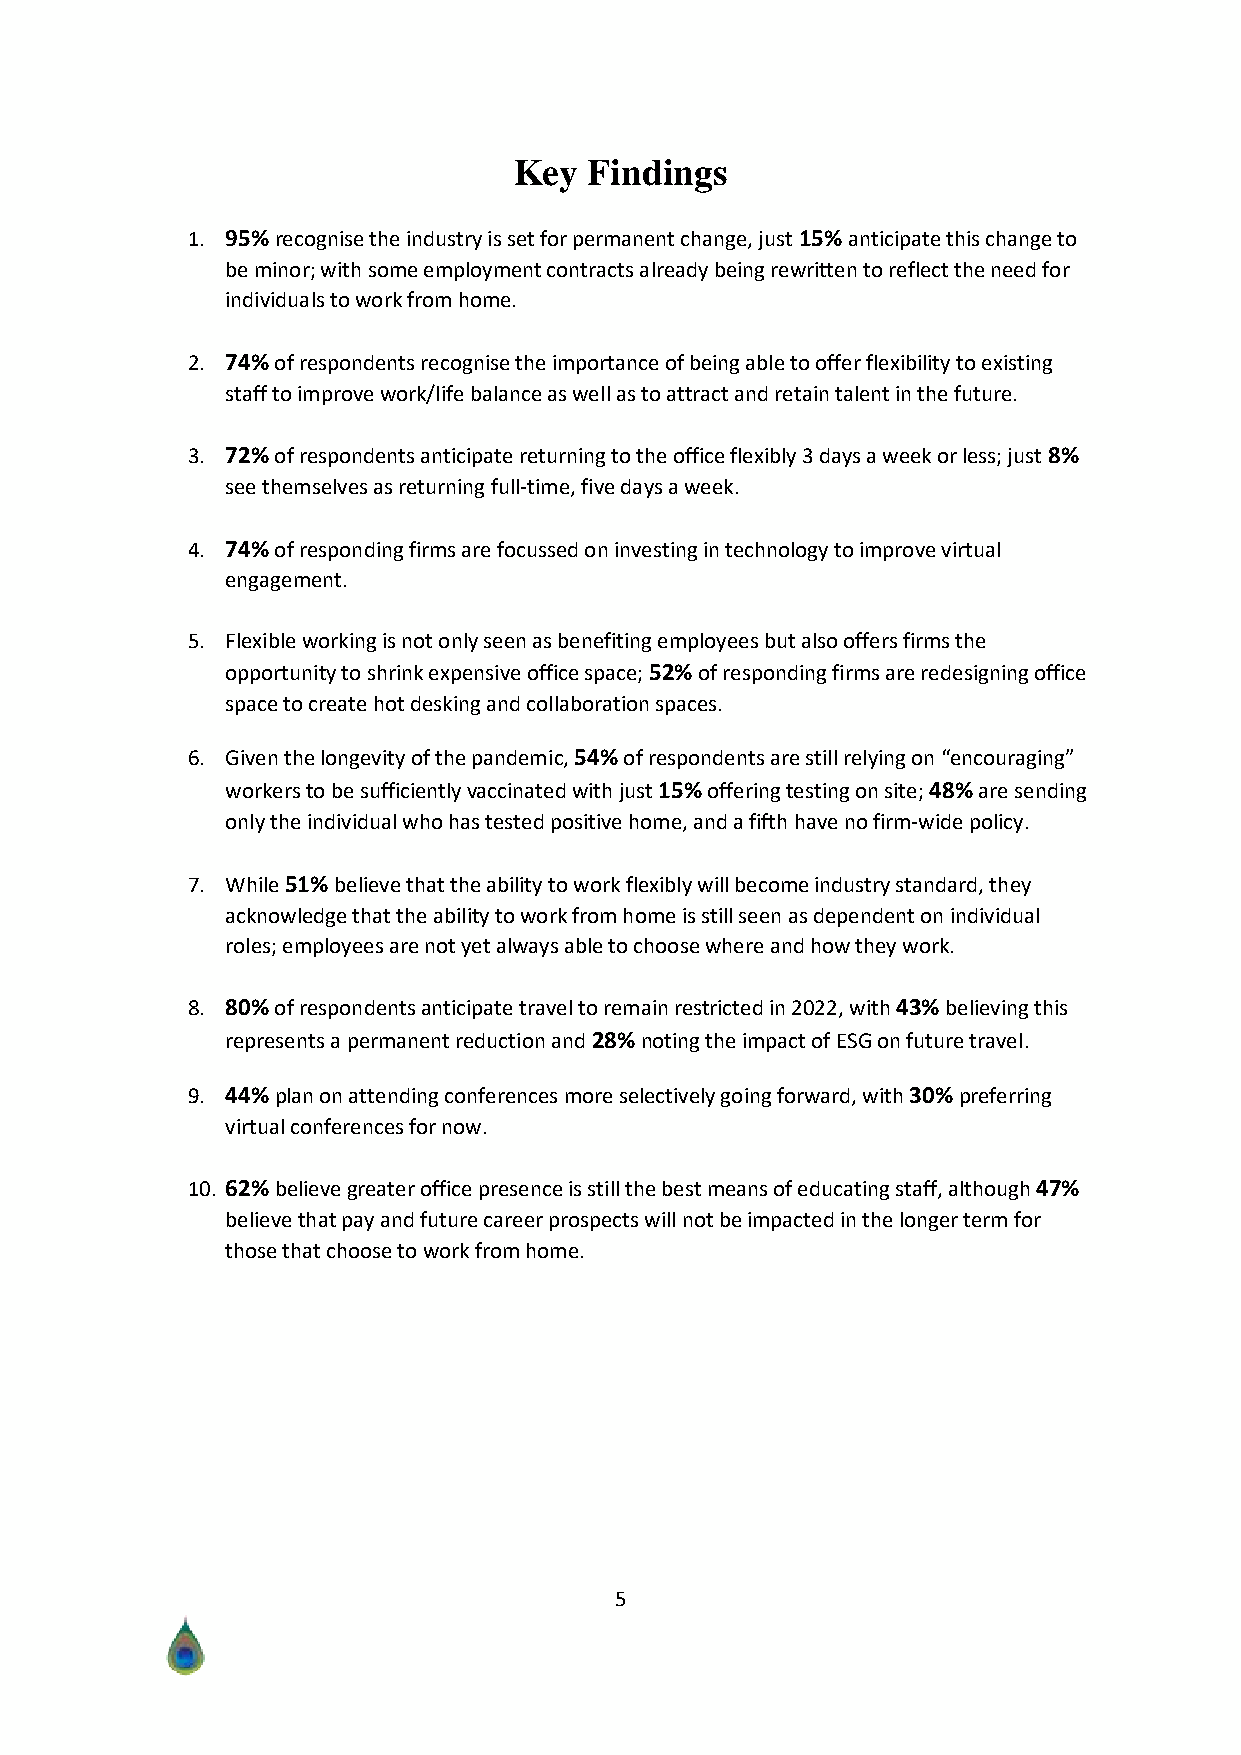
Key  Findings
 1. 95% recognise the industry is set for permanent change, just 15% anticipate this change to
 be minor; with some employment contracts already being rewritten to reflect the need for
 individuals to work from home.
 2. 74% of respondents recognise the importance of being able to offer flexibility to existing
 staff to improve work/life balance as well as to attract and retain talent in the future.
 3. 72% of respondents anticipate returning to the office flexibly 3 days a week or less; just 8%
 see themselves as returning full-time, five days a week.
 4. 74% of responding firms are focussed on investing in technology to improve virtual
 engagement.
 5. Flexible working is not only seen as benefiting employees but also offers firms the
 opportunity to shrink expensive office space; 52% of responding firms are redesigning office
 space to create hot desking and collaboration spaces.
 6. Given the longevity of the pandemic, 54% of respondents are still relying on “encouraging”
 workers to be sufficiently vaccinated with just 15% offering testing on site; 48% are sending
 only the individual who has tested positive home, and a fifth have no firm-wide policy.
 7. While 51% believe that the ability to work flexibly will become industry standard, they
 acknowledge that the ability to work from home is still seen as dependent on individual
 roles; employees are not yet always able to choose where and how they work.
 8. 80% of respondents anticipate travel to remain restricted in 2022, with 43% believing this
 represents a permanent reduction and 28% noting the impact of ESG on future travel.
 9. 44% plan on attending conferences more selectively going forward, with 30% preferring
 virtual conferences for now.
 10. 62% believe greater office presence is still the best means of educating staff, although 47%
 believe that pay and future career prospects will not be impacted in the longer term for
 those that choose to work from home.
 5